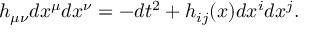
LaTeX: h _ { \mu \nu } d x ^ { \mu } d x ^ { \nu } = - d t ^ { 2 } + h _ { i j } ( x ) d x ^ { i } d x ^ { j } .